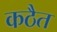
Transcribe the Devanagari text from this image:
कठैत